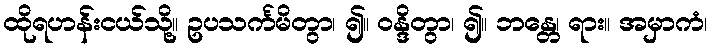
ထိုရဟန်းငယ်သို့။ ဥပသင်္ကမိတွာ၊ ၍။ ဝန္ဒိတွာ၊ ၍။ ဘန္တေ၊ ရား။ အမှာကံ၊